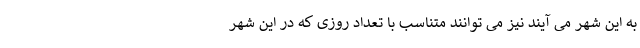
به این شهر می آیند نیز می توانند متناسب با تعداد روزی که در این شهر